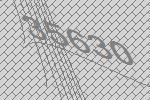
35630